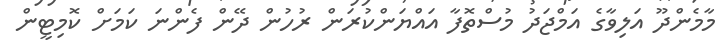
މާމެންދޫ އަލިވާގެ އަމްޖަދު މުސްތޮފާ އައްޔަންކުރަން ރުހުން ދޭން ފެންނަ ކަމަށް ކޮމިޓީން